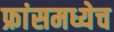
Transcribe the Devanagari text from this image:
फ्रांसमध्येच